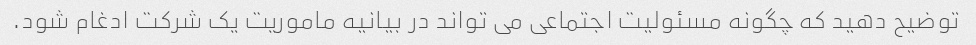
توضیح دهید که چگونه مسئولیت اجتماعی می تواند در بیانیه ماموریت یک شرکت ادغام شود.